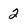
Character: 2